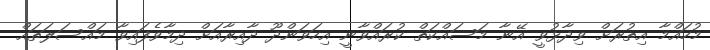
މުހައްމާ އިތުރަށް ވިދާޅުވީ އޭނާ މަސައްކަތް ކުރައްވާނީ އިހަވަންދޫ ދާއިރާއަށް ދިމާވެފައިވާ މައްސަލަތައް